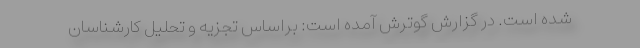
شده است. در گزارش گوترش آمده است: براساس تجزیه و تحلیل کارشناسان